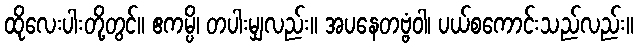
ထိုလေးပါးတို့တွင်။ ဧကမ္ပိ၊ တပါးမျှလည်း။ အပနေတဗ္ဗံဝါ၊ ပယ်စကောင်းသည်လည်း။